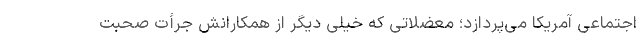
اجتماعی آمریکا می‌پردازد؛ معضلاتی که خیلی دیگر از همکارانش جرأت صحبت